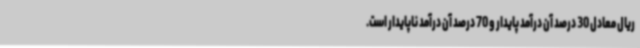
ریال معادل 30 درصد آن درآمد پایدار و 70 درصد آن درآمد ناپایدار است.